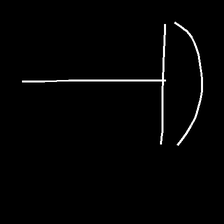
Glyph: dispersion